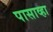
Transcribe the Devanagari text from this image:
पासाव्हा